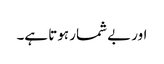
اور بے شمار ہوتا ہے۔